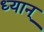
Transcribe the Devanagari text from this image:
ध्यान्